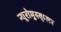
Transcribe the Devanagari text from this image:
न्यूरोमुस्कुलर